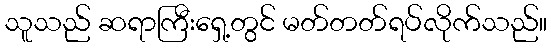
သူသည် ဆရာကြီးရှေ့တွင် မတ်တတ်ရပ်လိုက်သည်။